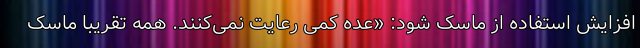
افزایش استفاده از ماسک شود: «عده کمی رعایت نمی‌کنند. همه تقریبا ماسک